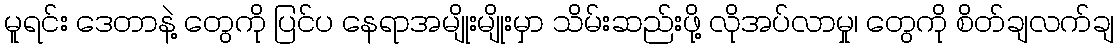
မူရင်း ဒေတာနဲ့ တွေကို ပြင်ပ နေရာအမျိုးမျိုးမှာ သိမ်းဆည်းဖို့ လိုအပ်လာမှု၊ တွေကို စိတ်ချလက်ချ